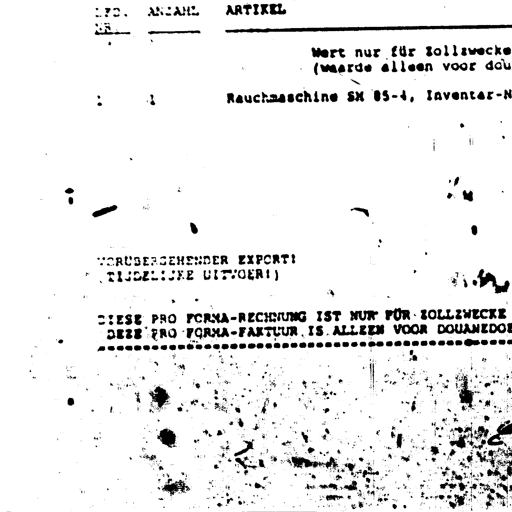
LFD. NR. ANZAHL ARTIKEL
Wert nur für Zollzwecke
(waarde alleen voor douane)
Rauchmaschine SM 85-4, Inventar-Nr.
VORÜBERGEHENDER EXPORT!
(TIJDELIJKE UITVOER!)
DIESE PRO FORMA-RECHNUNG IST NUR FÜR ZOLLZWECKE
DEZE PRO FORMA-FAKTUUR IS ALLEEN VOOR DOUANEDOELEINDEN